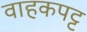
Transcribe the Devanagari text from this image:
वाहकपट्ट